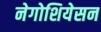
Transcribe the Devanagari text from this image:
नेगोशियेसन